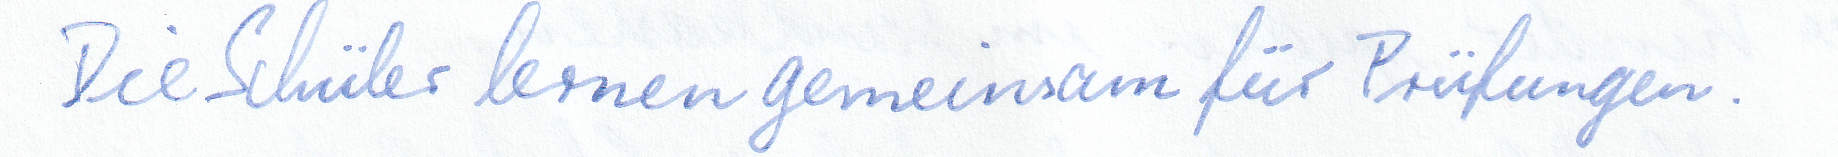
Die Schüler lernen gemeinsam für Prüfungen.